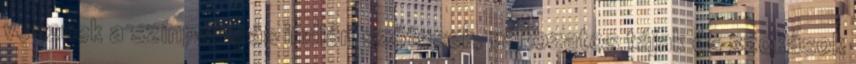
vesznek a színpompás indián szőtesek, változatos tájak és szokások